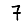
Digit: 7